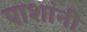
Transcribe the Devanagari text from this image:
पाशांनी